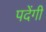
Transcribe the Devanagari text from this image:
पदेंगी